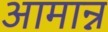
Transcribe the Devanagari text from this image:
आमान्न